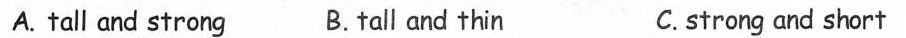
A. tall and strong B.tall and thin C.strong and short